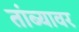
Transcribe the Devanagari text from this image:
तांब्यावर